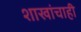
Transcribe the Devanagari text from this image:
शाखांचाही